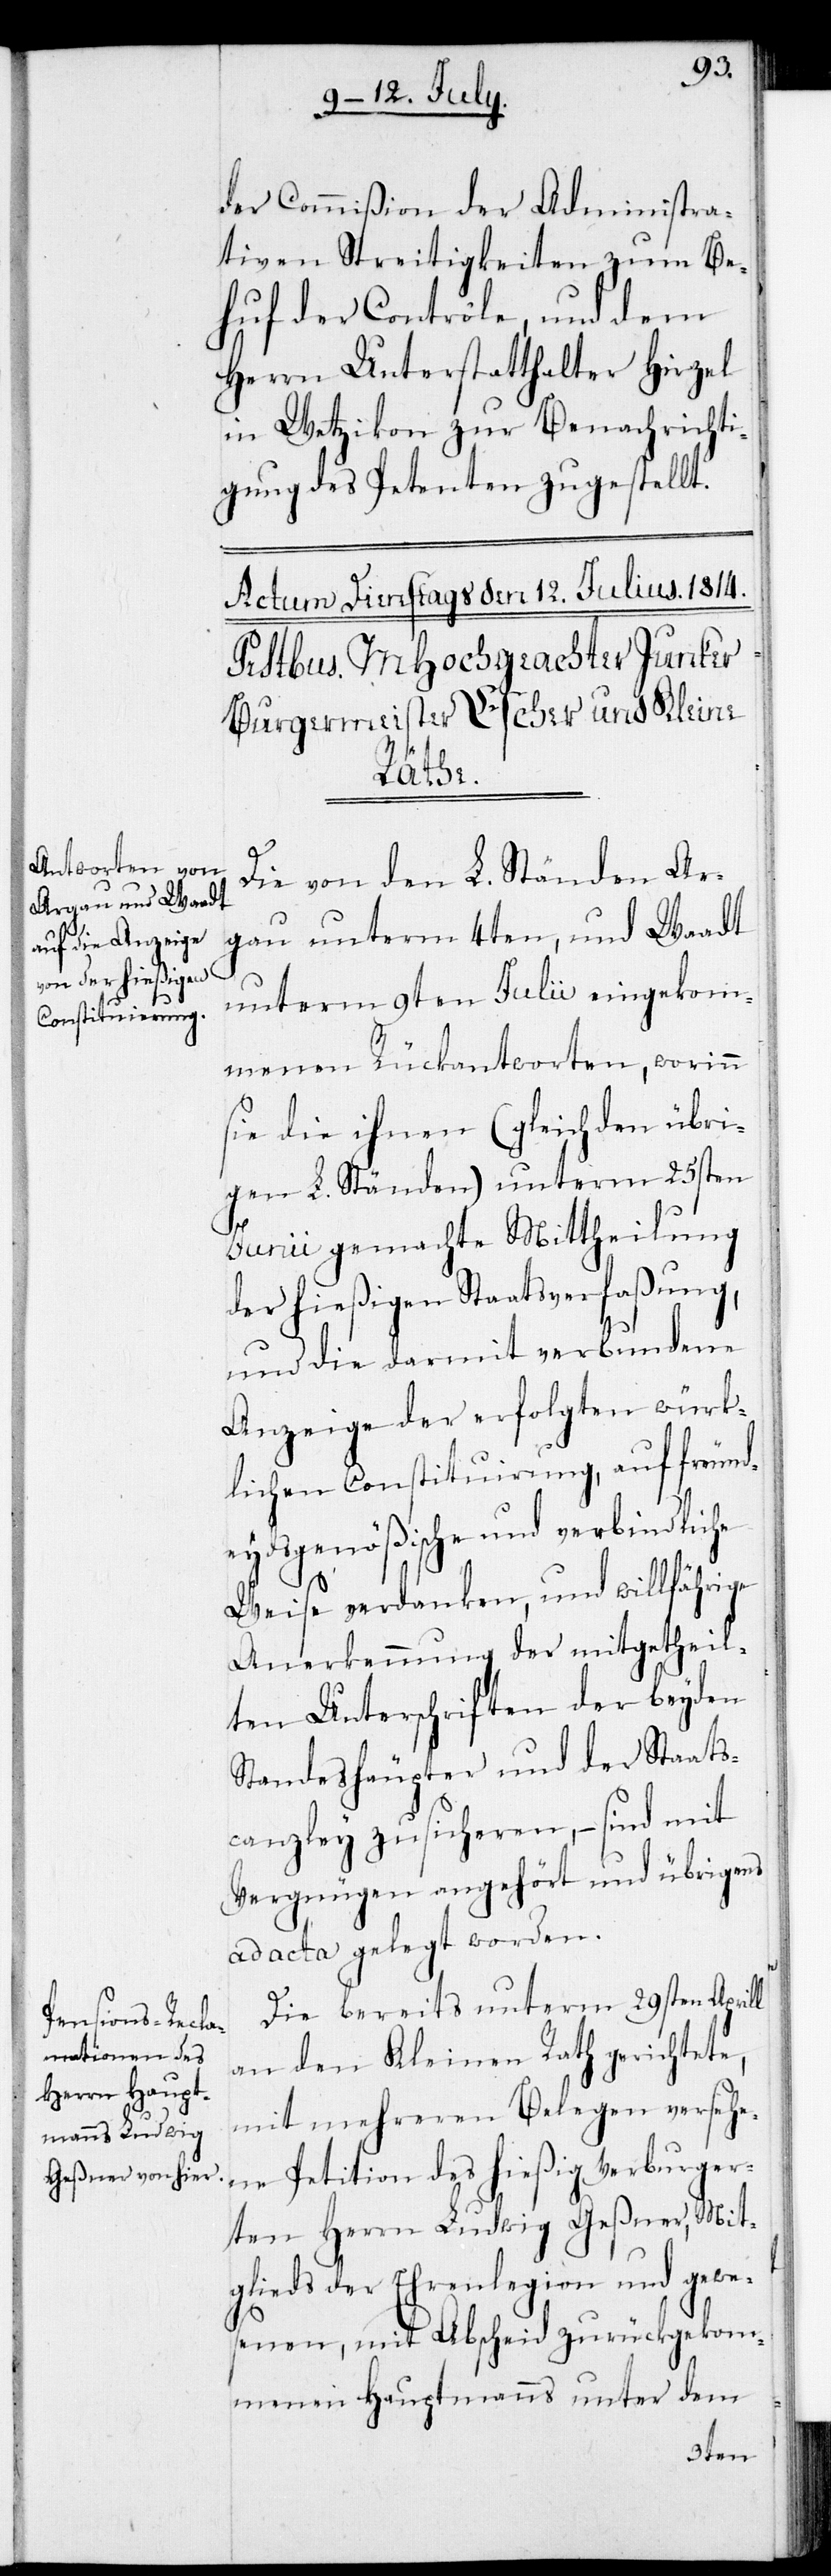
der Commißion der Administra¬
tiven Streitigkeiten zum Be¬
huf der Controle, und dem
Herrn Unterstatthalter Hirzel
in Wetzikon zur Benachrichti¬
gung des Petenten zugestellt.
Die von den L. Ständen Ar¬
gau unterm 4ten, und Waadt
unterm 9ten Julii eingekom¬
menen Rückantworten, worinn
sie die ihnen (gleich den übri¬
gen L. Ständen) unterm 25sten
Junii gemachte Mittheilung
der hießigen Staatsverfaßung,
und die darmit verbundene
Anzeige der erfolgten würk¬
lichen Constituirung, auf freund¬
eydsgenößische und verbindliche
Weise verdanken, und willfährige
Anerkennung der mitgetheil¬
ten Unterschriften der beyden
Standeshäupter und der Staats¬
canzley zusicheren, – sind mit
Vergnügen angehört und übrigens
ad acta gelegt worden.
Die bereits unterm 29sten Aprill
an den Kleinen Rath gerichtete,
mit mehreren Belegen versehe¬
ne Petition des hießig verburger¬
ten Herrn Ludwig Geßner, Mit¬
glieds der Ehrenlegion und gewe¬
senen, mit Abscheid zurückgekom¬
menen Hauptmanns unter dem